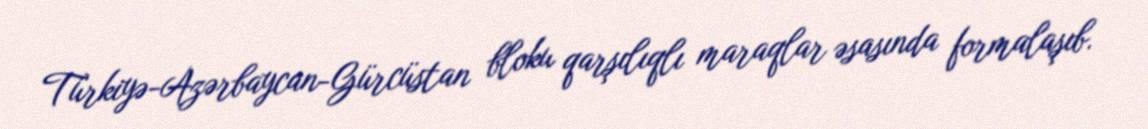
Türkiyə-Azərbaycan-Gürcüstan bloku qarşılıqlı maraqlar əsasında formalaşıb.